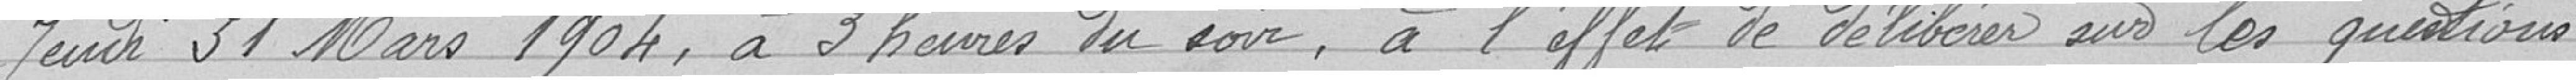
jeudi  Mars, à 3 heures du soir  , à l'effet de délibération sur les questions